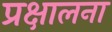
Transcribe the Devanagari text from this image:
प्रक्षालना